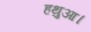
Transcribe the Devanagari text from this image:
हथुआ।